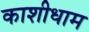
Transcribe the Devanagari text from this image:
काशीधाम